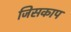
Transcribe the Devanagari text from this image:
जिसकाप